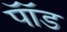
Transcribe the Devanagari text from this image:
पाॅॅड